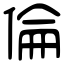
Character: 倫